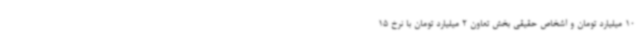
10 میلیارد تومان و اشخاص حقیقی بخش تعاون 2 میلیارد تومان با نرخ 15